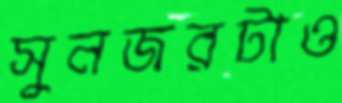
সুনজরটাও